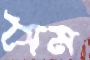
সৈম